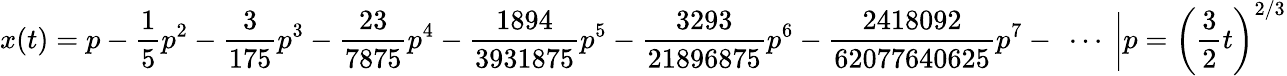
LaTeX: x(t)=p-{\frac{1}{5}}p^{2}-{\frac{3}{175}}p^{3}-{\frac{23}{7875}}p^{4}-{\frac{1894}{3931875}}p^{5}-{\frac{3293}{21896875}}p^{6}-{\frac{2418092}{62077640625}}p^{7}-\ \cdots\ {\bigg|}{p=\left({\frac{3}{2}}t\right)^{2/3}}